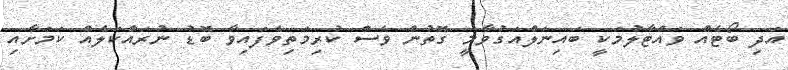
އަދި ބޯޓެއް ވައްޓާލުމަކީ ބައިނަލްއަގުވާމީ ގޮތުން ވެސް ކުރިމަތިވެފައިވާ ބޮޑު ނުރައްކަލެއް ކަމަށާާއި